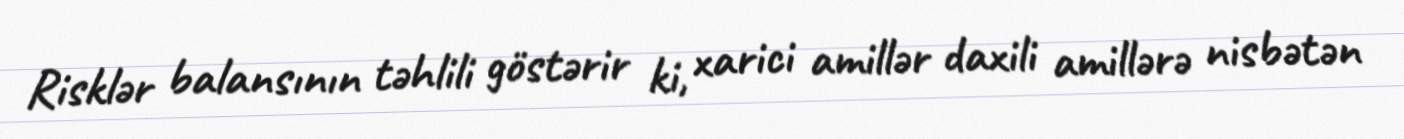
Risklər balansının təhlili göstərir ki, xarici amillər daxili amillərə nisbətən